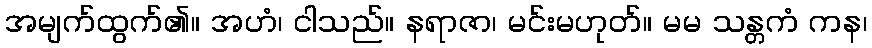
အမျက်ထွက်၏။ အဟံ၊ ငါသည်။ နရာဇာ၊ မင်းမဟုတ်။ မမ သန္တကံ ကန၊